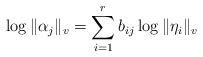
LaTeX: \begin{align*}\log \|\alpha_j\|_v = \sum_{i = 1}^r b_{ij} \log \|\eta_i\|_v\end{align*}